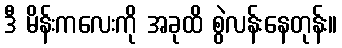
ဒီ မိန်းကလေးကို အခုထိ စွဲလန်းနေတုန်း။